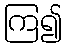
ကြ၍